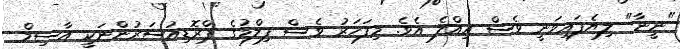
"ނީނާ" ލިޔެފައިވަނީ ވެސް އިއްލެ އެވެ. މިފަހަރު ވެސް ފިލްމުގެ ޕްރޮޑިއުސަރުންނަކީ އާސިމް